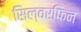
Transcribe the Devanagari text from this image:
सिल्वरफिन